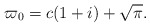
\begin{align*}\varpi_0 = c(1+i)+\sqrt{\pi}.\end{align*}